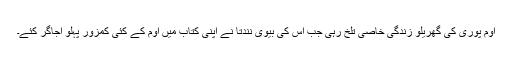
اوم پوری کی گھریلو زندگی خاصی تلخ رہی جب اس کی بیوی نندتا نے اپنی کتاب میں اوم کے کئی کمزور پہلو اجاگر کئے۔